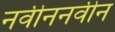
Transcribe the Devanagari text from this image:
नवीननवीन